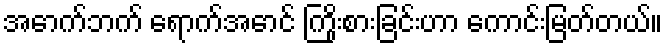
အောက်ဘက် ရောက်အောင် ကြိုးစားခြင်းဟာ ကောင်းမြတ်တယ်။